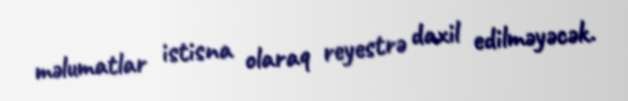
məlumatlar istisna olaraq reyestrə daxil edilməyəcək.